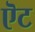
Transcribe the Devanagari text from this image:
ऎट